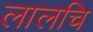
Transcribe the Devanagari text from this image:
लालचि